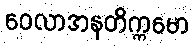
ဝေလာအနတိက္ကမော